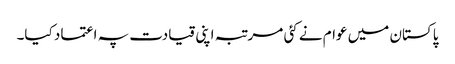
پاکستان میں عوام نے کئی مرتبہ اپنی قیادت پہ اعتماد کیا۔